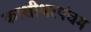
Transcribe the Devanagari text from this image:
काशीश्वरपंचम